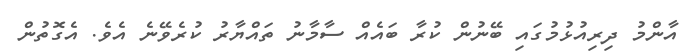
އާންމު ދިރިއުޅުމުގައި ބޭނުން ކުރާ ބައެއް ސާމާނު ތައްޔާރު ކުރެވޭނެ އެވެ. އެގޮތުން